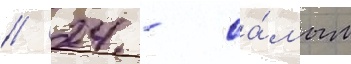
// 24 - са́мым